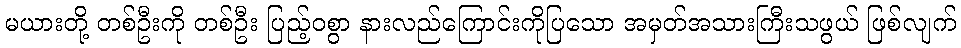
မယားတို့ တစ်ဦးကို တစ်ဦး ပြည့်ဝစွာ နားလည်ကြောင်းကိုပြသော အမှတ်အသားကြီးသဖွယ် ဖြစ်လျက်